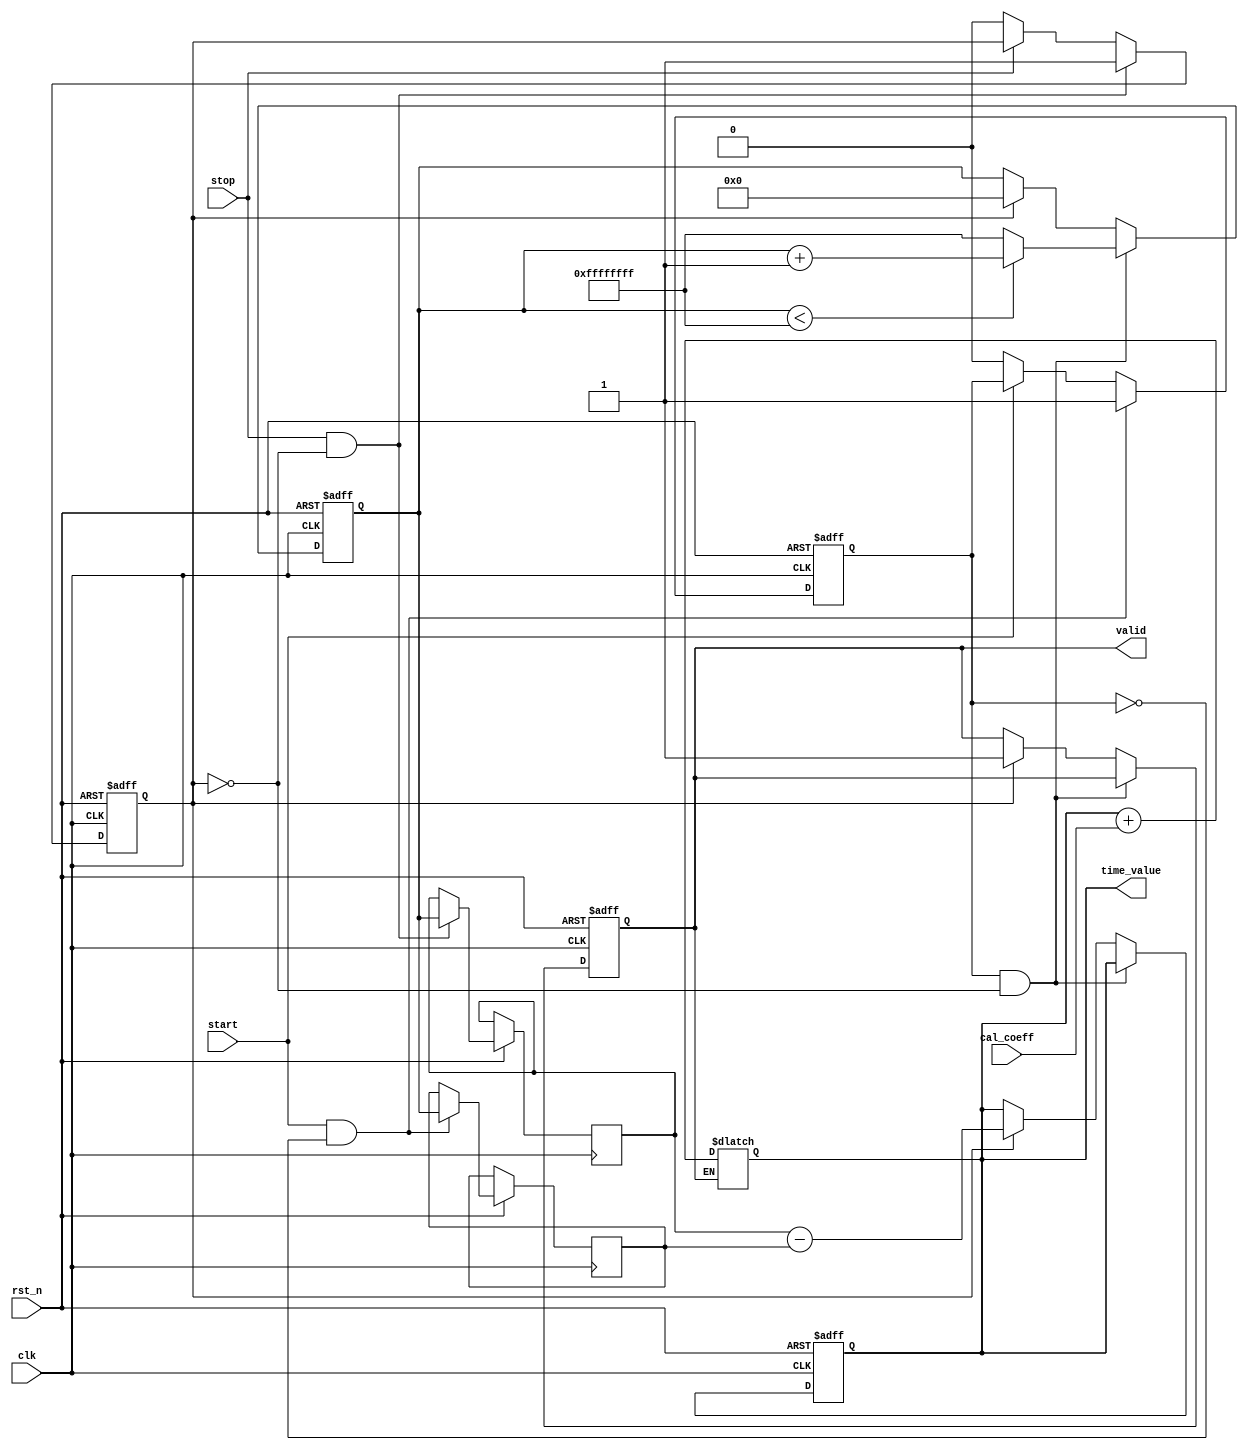
module TDC (
    input wire clk,               // High-frequency clock
    input wire rst_n,             // Active-low reset
    input wire start,             // Start signal to begin measurement
    input wire stop,              // Stop signal to end measurement
    input wire [15:0] cal_coeff,  // Calibration coefficients
    output reg [31:0] time_value, // Digital output for measured time interval
    output reg valid              // Valid signal for output
);

// Parameters
parameter MAX_COUNT = 32'hFFFFFFFF; // Max count for 32-bit counter

// Internal registers
reg [31:0] counter;               // Binary counter
reg start_flag;                   // Flag to indicate measurement start
reg stop_flag;                    // Flag to indicate measurement stop
reg [31:0] start_time;            // Timestamp for start event
reg [31:0] stop_time;             // Timestamp for stop event

// Edge detection for start and stop signals
always @(posedge clk or negedge rst_n) begin
    if (!rst_n) begin
        start_flag <= 1'b0;
        stop_flag <= 1'b0;
    end else begin
        // Detect rising edge for start
        if (start && !start_flag) begin
            start_flag <= 1'b1;
            start_time <= counter; // Record start timestamp
        end else if (!start) begin
            start_flag <= 1'b0;
        end
        
        // Detect rising edge for stop
        if (stop && !stop_flag) begin
            stop_flag <= 1'b1;
            stop_time <= counter; // Record stop timestamp
        end else if (!stop) begin
            stop_flag <= 1'b0;
        end
    end
end

// Count the number of clock cycles between start and stop
always @(posedge clk or negedge rst_n) begin
    if (!rst_n) begin
        counter <= 32'b0;
        time_value <= 32'b0;
        valid <= 1'b0;
    end else begin
        if (start_flag && !stop_flag) begin
            if (counter < MAX_COUNT)
                counter <= counter + 1; // Increment counter
            else
                counter <= MAX_COUNT; // Handle overflow
        end else if (stop_flag) begin
            time_value <= stop_time - start_time; // Calculate time interval
            valid <= 1'b1; // Set valid signal
            counter <= 32'b0; // Reset counter after measurement
        end
    end
end

// Calibration logic
always @(*) begin
    // Apply calibration coefficient to the measured time value
    if (valid) begin
        time_value <= time_value + cal_coeff; // Apply calibration
    end
end

endmodule